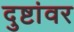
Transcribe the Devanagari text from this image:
दुष्टांवर